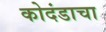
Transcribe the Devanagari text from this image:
कोदंडाचा